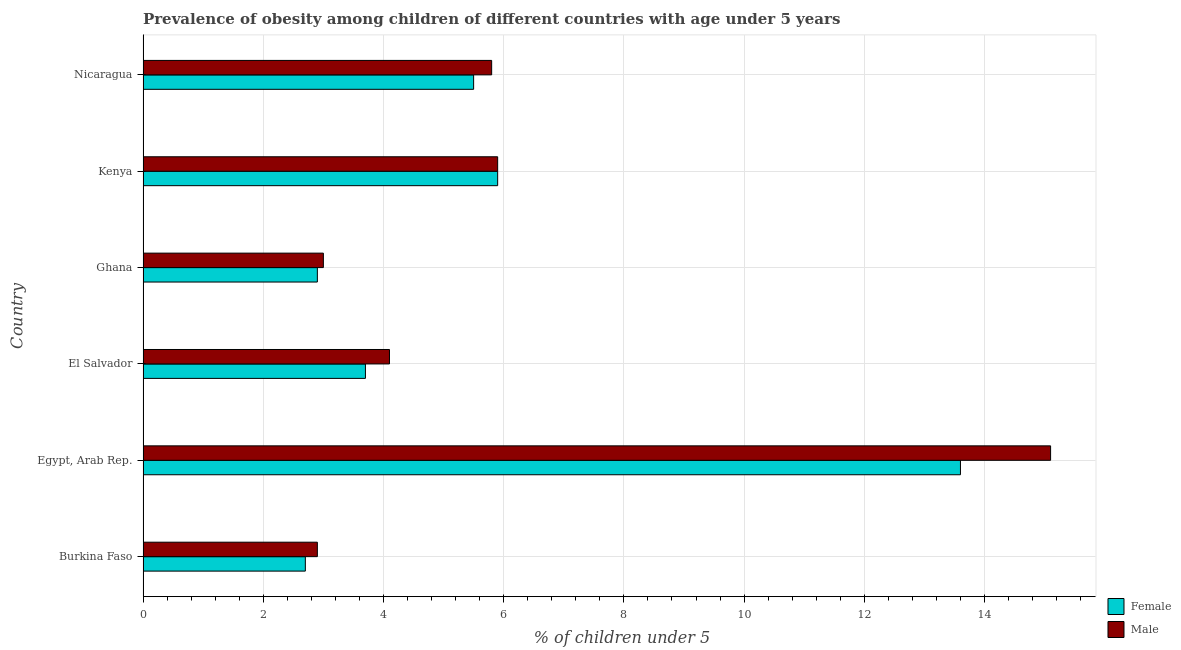
| Country | Female | Male |
 | --- | --- | --- |
 | Burkina Faso | 2.7 | 2.9 |
 | Egypt, Arab Rep. | 13.6 | 15.1 |
 | El Salvador | 3.7 | 4.1 |
 | Ghana | 2.9 | 3 |
 | Kenya | 5.9 | 5.9 |
 | Nicaragua | 5.5 | 5.8 |